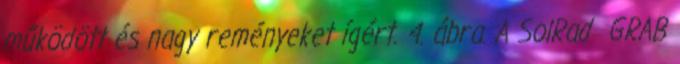
működött és nagy reményeket ígért. 4. ábra. A SolRad GRAB